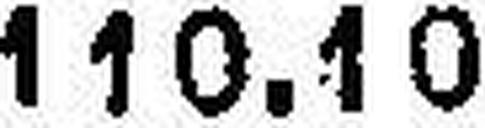
110.10